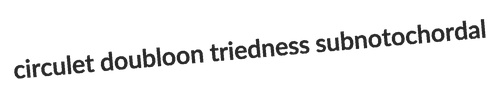
circulet doubloon triedness subnotochordal